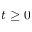
t \geq 0